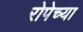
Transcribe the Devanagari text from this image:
रोपेच्या